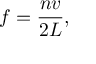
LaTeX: f = { \frac { n v } { 2 L } } ,